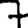
Digit: 7